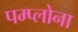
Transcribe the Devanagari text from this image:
पम्प्लोना